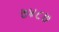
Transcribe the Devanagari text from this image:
७४८७